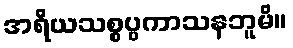
အရိယသစ္စပ္ပကာသနဘူမိ။